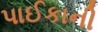
પાઈકાની